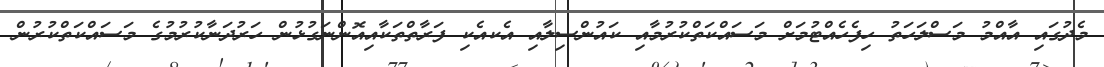
މެދުގައި އާއްމު މަސްލަހަތު ހިފެހެއްޓުމަށް މަސައްކަތްކުރުމާއި ކައުންސިލާއި އެކއެކި ފަރާތްތަކާއިއޮންނަގުޅުން ހަރުދަނާކުރުމުގެ މަސައްކަތްކުރުން